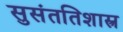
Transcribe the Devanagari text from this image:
सुसंततिशास्त्र